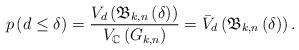
LaTeX: \begin{align*}p\left( {d \leq \delta } \right) = \frac{{V_d\left( {\mathfrak{B}_{k,n} \left( \delta \right)} \right)}}{{V_\mathbb{C} \left( {G_{k,n} } \right)}} = \bar V_d \left( {\mathfrak{B}_{k,n} \left( \delta \right)} \right).\end{align*}